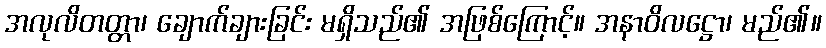
အလုလိတတ္တာ၊ ချောက်ချားခြင်း မရှိသည်၏ အဖြစ်ကြောင့်။ အနာဝိလဋ္ဌော၊ မည်၏။